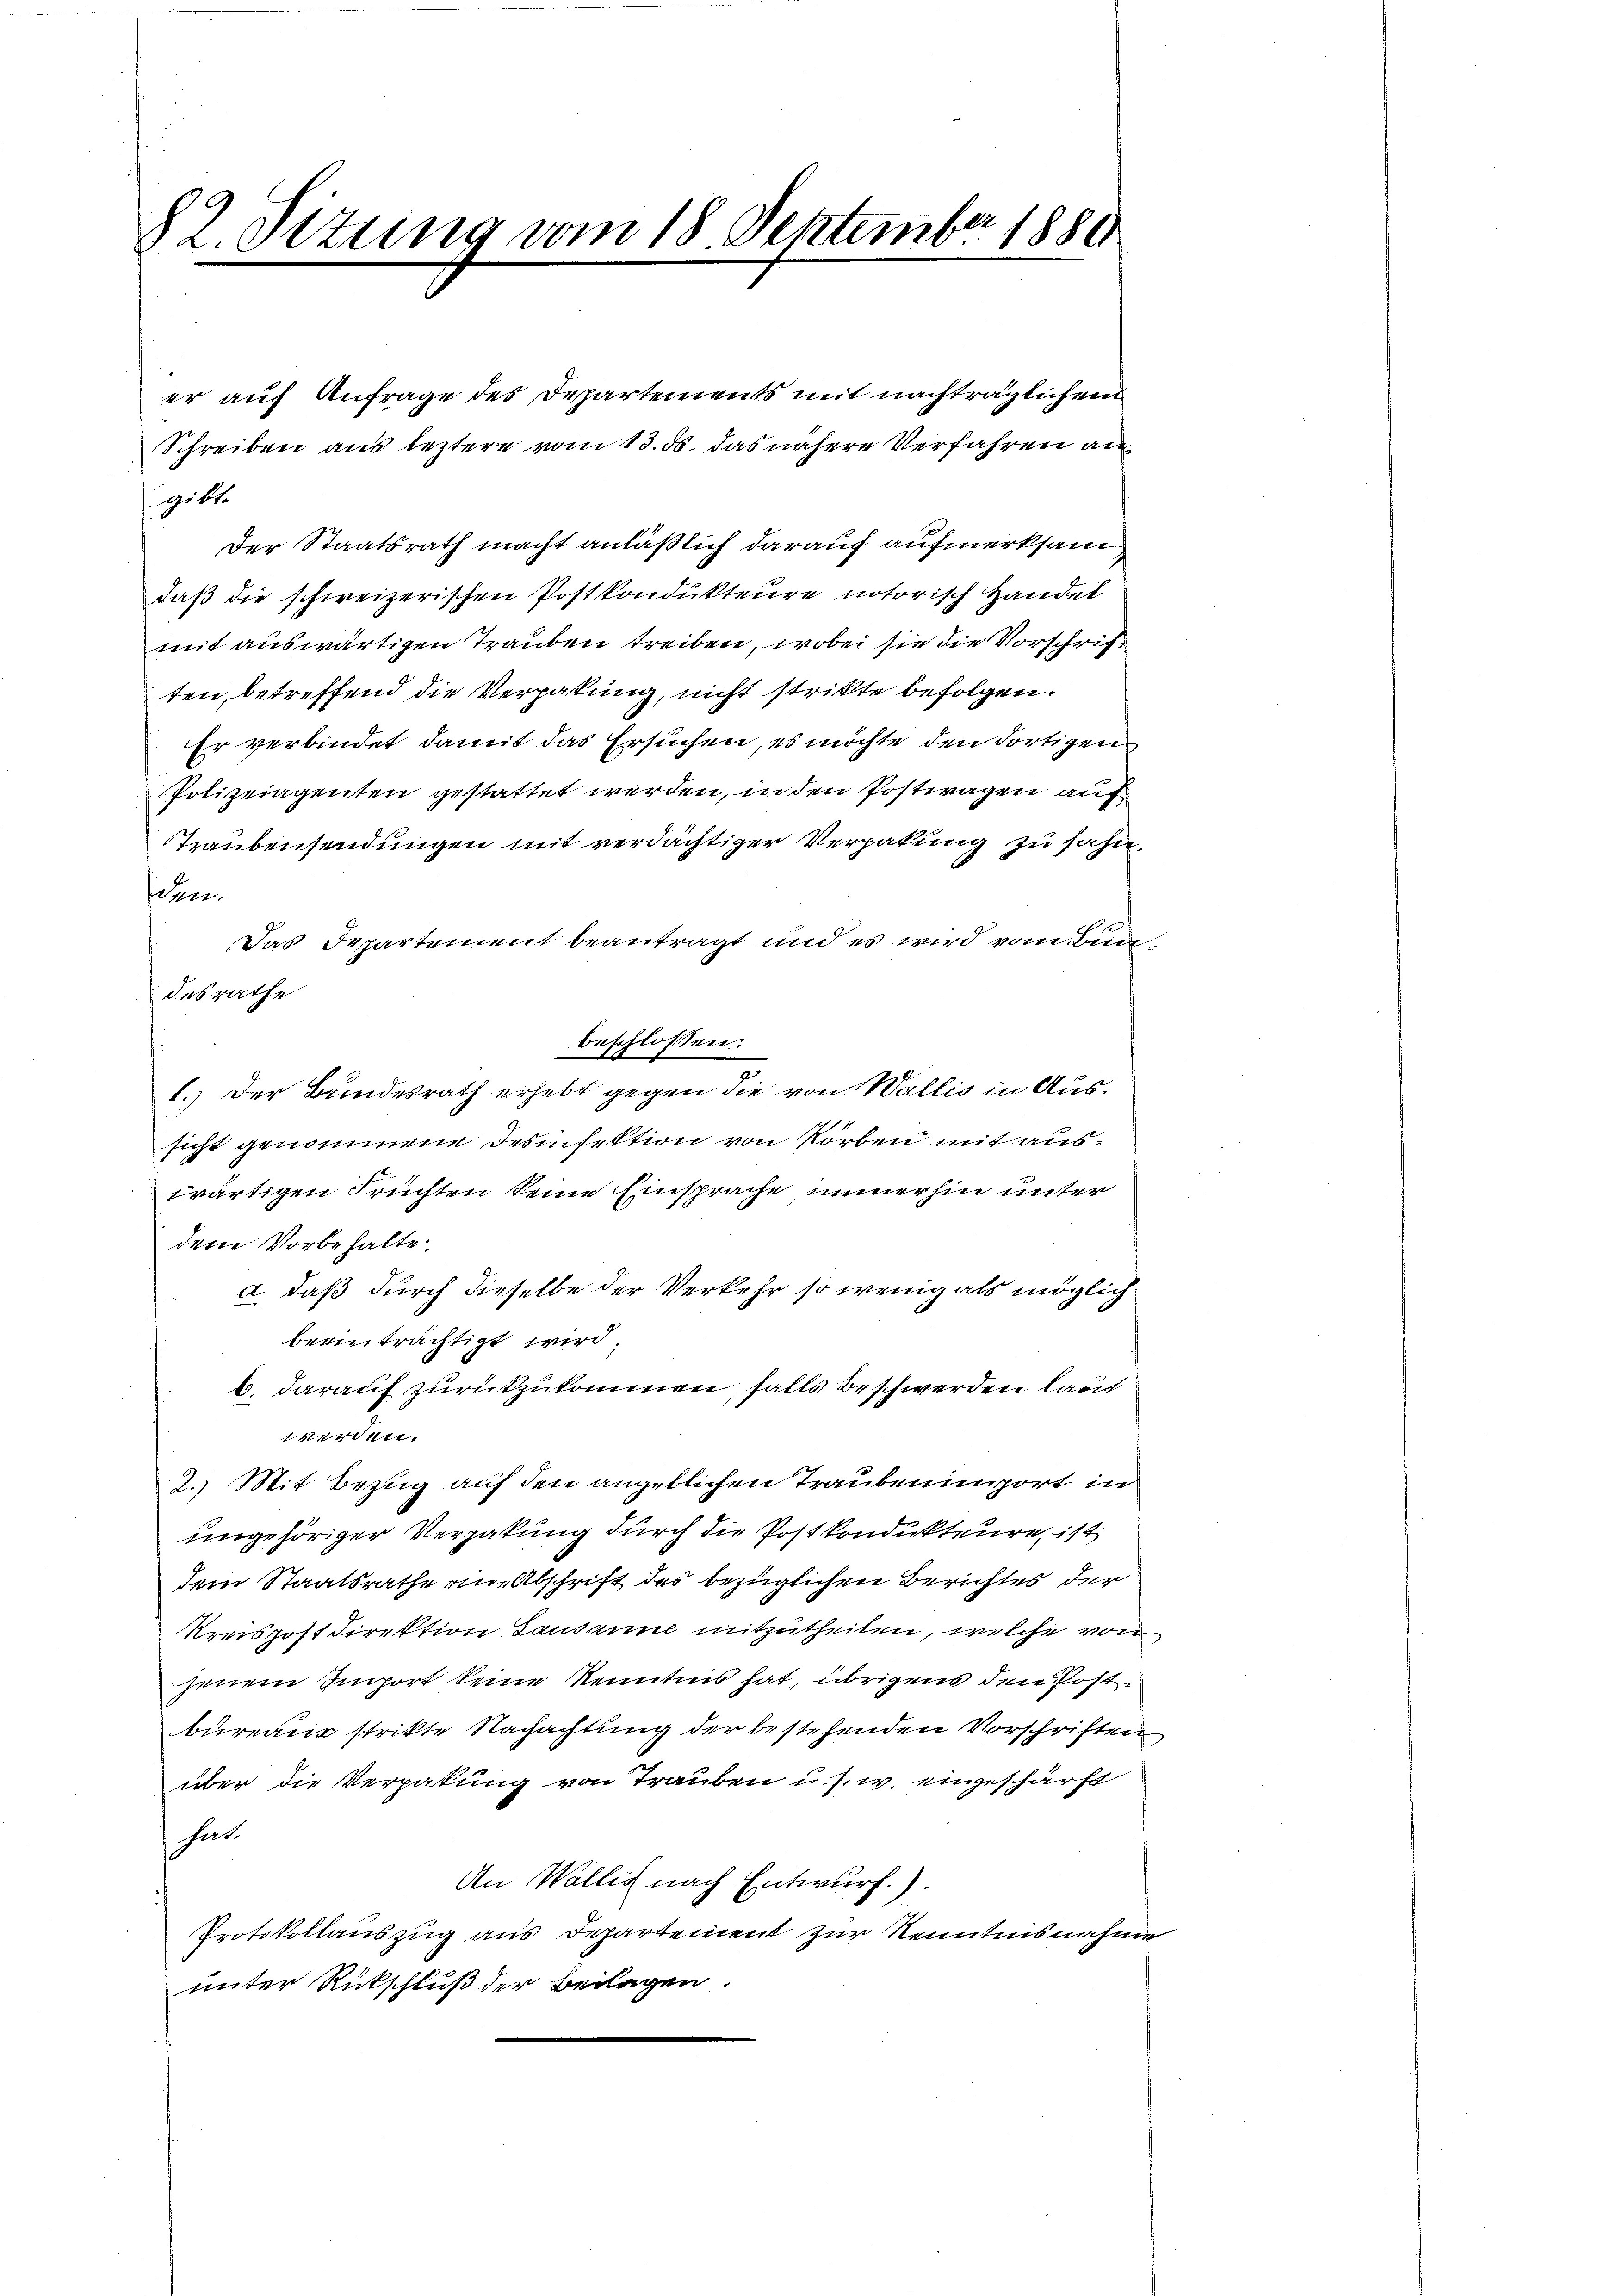
82. Situng vom 18 September 1880

er auf Anfrage des Departements mit nachträglichem
Schreiben aus leztere vom 13. ds. das nähere Verfahren angibt.
Der Staatsrath macht anläßlich darauf aufmerksam
daß die schweizerischen Postkondukteure notorisch Handel
mit auswärtigen Trauben treiben, wobei sie die Vorschriften, betreffend die Verpakung, nicht strikte befolgen.
Er verbindet damit das Ersuchen, es möchte den dortigen
Polizeiagenten gestattet werden, in den Postwagen auf
Traubensendungen mit verdächtiger Verpakung zu fahr
fchen.
Das Departement beantragt und es wird vom Bude
desrathe
beschlossen:
1.) Der Bundesrath erhebt gegen die von Wallis in Aussicht genommene Desinfektion von Rorben mit auswärtigen Früchten keine Einsprache immerhin unter
dem Vorbehalte.
a. daß durch dieselbe der Verkehr so wenig als möglich
beeinträchtigt wird.
b. darauf zurückzukommen, falls beschwerden laut
werden.
2. Mit Bezug auf den angeblichen Traubenimport in
ungehöriger Verpakung durch die Postkondukteure ist
dem Staatsrathe ein Abschrift der bezüglichen Berichtes der
Kreispost Direktion Sausanne mitzutheilen, welche von
jenem Import keine Kenntnis hat, übrigens den Postbureau strikte Nachachtung der bestehenden Vorschriften,
über die Verpakung von Trauben u. s. w. eingeschärft
hut.
An Wallis nach Entwurf.).
Protokollauszug aus Departement zur Kenntnisnahme
unter Rückschluß der Beilagen.